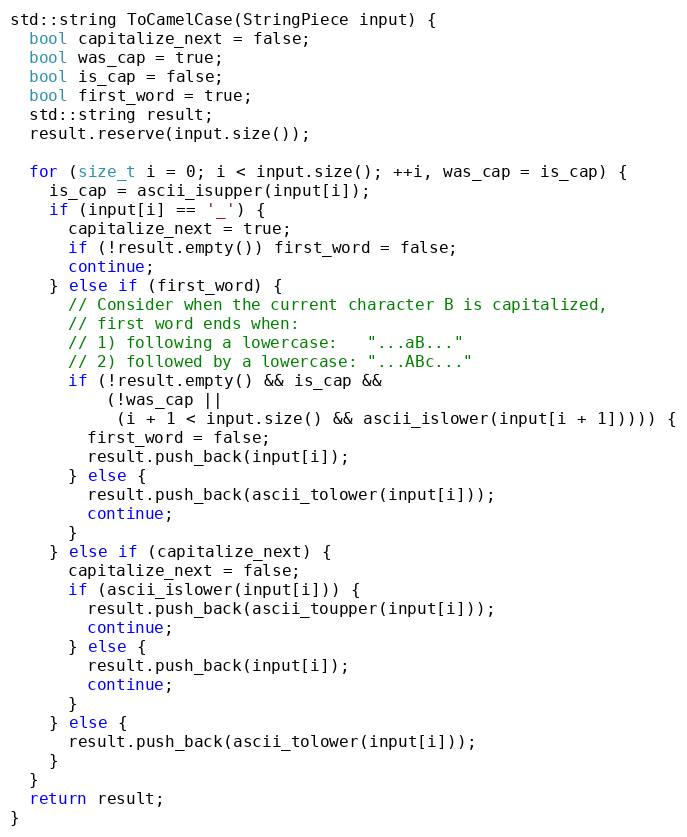
Language: C++
std::string ToCamelCase(StringPiece input) {
  bool capitalize_next = false;
  bool was_cap = true;
  bool is_cap = false;
  bool first_word = true;
  std::string result;
  result.reserve(input.size());

  for (size_t i = 0; i < input.size(); ++i, was_cap = is_cap) {
    is_cap = ascii_isupper(input[i]);
    if (input[i] == '_') {
      capitalize_next = true;
      if (!result.empty()) first_word = false;
      continue;
    } else if (first_word) {
      // Consider when the current character B is capitalized,
      // first word ends when:
      // 1) following a lowercase:   "...aB..."
      // 2) followed by a lowercase: "...ABc..."
      if (!result.empty() && is_cap &&
          (!was_cap ||
           (i + 1 < input.size() && ascii_islower(input[i + 1])))) {
        first_word = false;
        result.push_back(input[i]);
      } else {
        result.push_back(ascii_tolower(input[i]));
        continue;
      }
    } else if (capitalize_next) {
      capitalize_next = false;
      if (ascii_islower(input[i])) {
        result.push_back(ascii_toupper(input[i]));
        continue;
      } else {
        result.push_back(input[i]);
        continue;
      }
    } else {
      result.push_back(ascii_tolower(input[i]));
    }
  }
  return result;
}